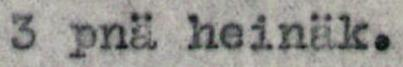
3pnä heinäk.